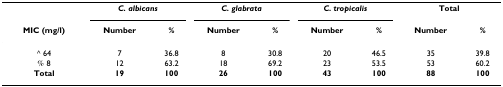
<table><thead><tr><td></td><td colspan="2"><b><i>C. albicans</i></b></td><td colspan="2"><b><i>C. glabrata</i></b></td><td colspan="2"><b><i>C. tropicalis</i></b></td><td colspan="2"><b>Total</b></td></tr><tr><td><b>MIC (mg/l)</b></td><td><b>Number</b></td><td><b>%</b></td><td><b>Number</b></td><td><b>%</b></td><td><b>Number</b></td><td><b>%</b></td><td><b>Number</b></td><td><b>%</b></td></tr></thead><tbody><tr><td>≧ 64</td><td>7</td><td>36.8</td><td>8</td><td>30.8</td><td>20</td><td>46.5</td><td>35</td><td>39.8</td></tr><tr><td>≦ 8</td><td>12</td><td>63.2</td><td>18</td><td>69.2</td><td>23</td><td>53.5</td><td>53</td><td>60.2</td></tr><tr><td><b>Total</b></td><td><b>19</b></td><td><b>100</b></td><td><b>26</b></td><td><b>100</b></td><td><b>43</b></td><td><b>100</b></td><td><b>88</b></td><td><b>100</b></td></tr></tbody></table>